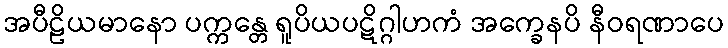
အပီဠိယမာနော ပက္ကန္တေ ရူပိယပဋိဂ္ဂါဟကံ အက္ခေနပိ နီဝရဏာပေ